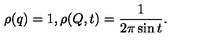
\rho ( q ) = 1 , \rho ( Q , t ) = { \frac { 1 } { 2 \pi \sin t } } .